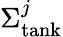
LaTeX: \Sigma_{\textrm{tank}}^{j}